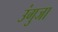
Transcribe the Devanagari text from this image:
उंगुजा